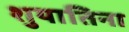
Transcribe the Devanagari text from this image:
शुयातिना